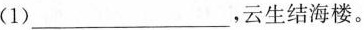
(1)___，云生结海楼。